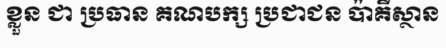
ខ្លួន ជា ប្រធាន គណបក្ស ប្រជាជន ប៉ាគីស្ថាន